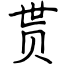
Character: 贳